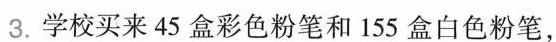
3.学校买来45盒彩色粉笔和155盒白色粉笔，